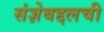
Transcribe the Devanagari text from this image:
संज्ञेबद्दलची